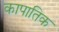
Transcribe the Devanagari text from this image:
कापातिक